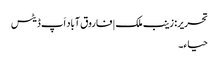
تحریر: زینب ملک | فاروق آباد اَپ ڈیٹس
حیا ء۔